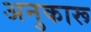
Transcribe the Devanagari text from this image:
अनुकारू